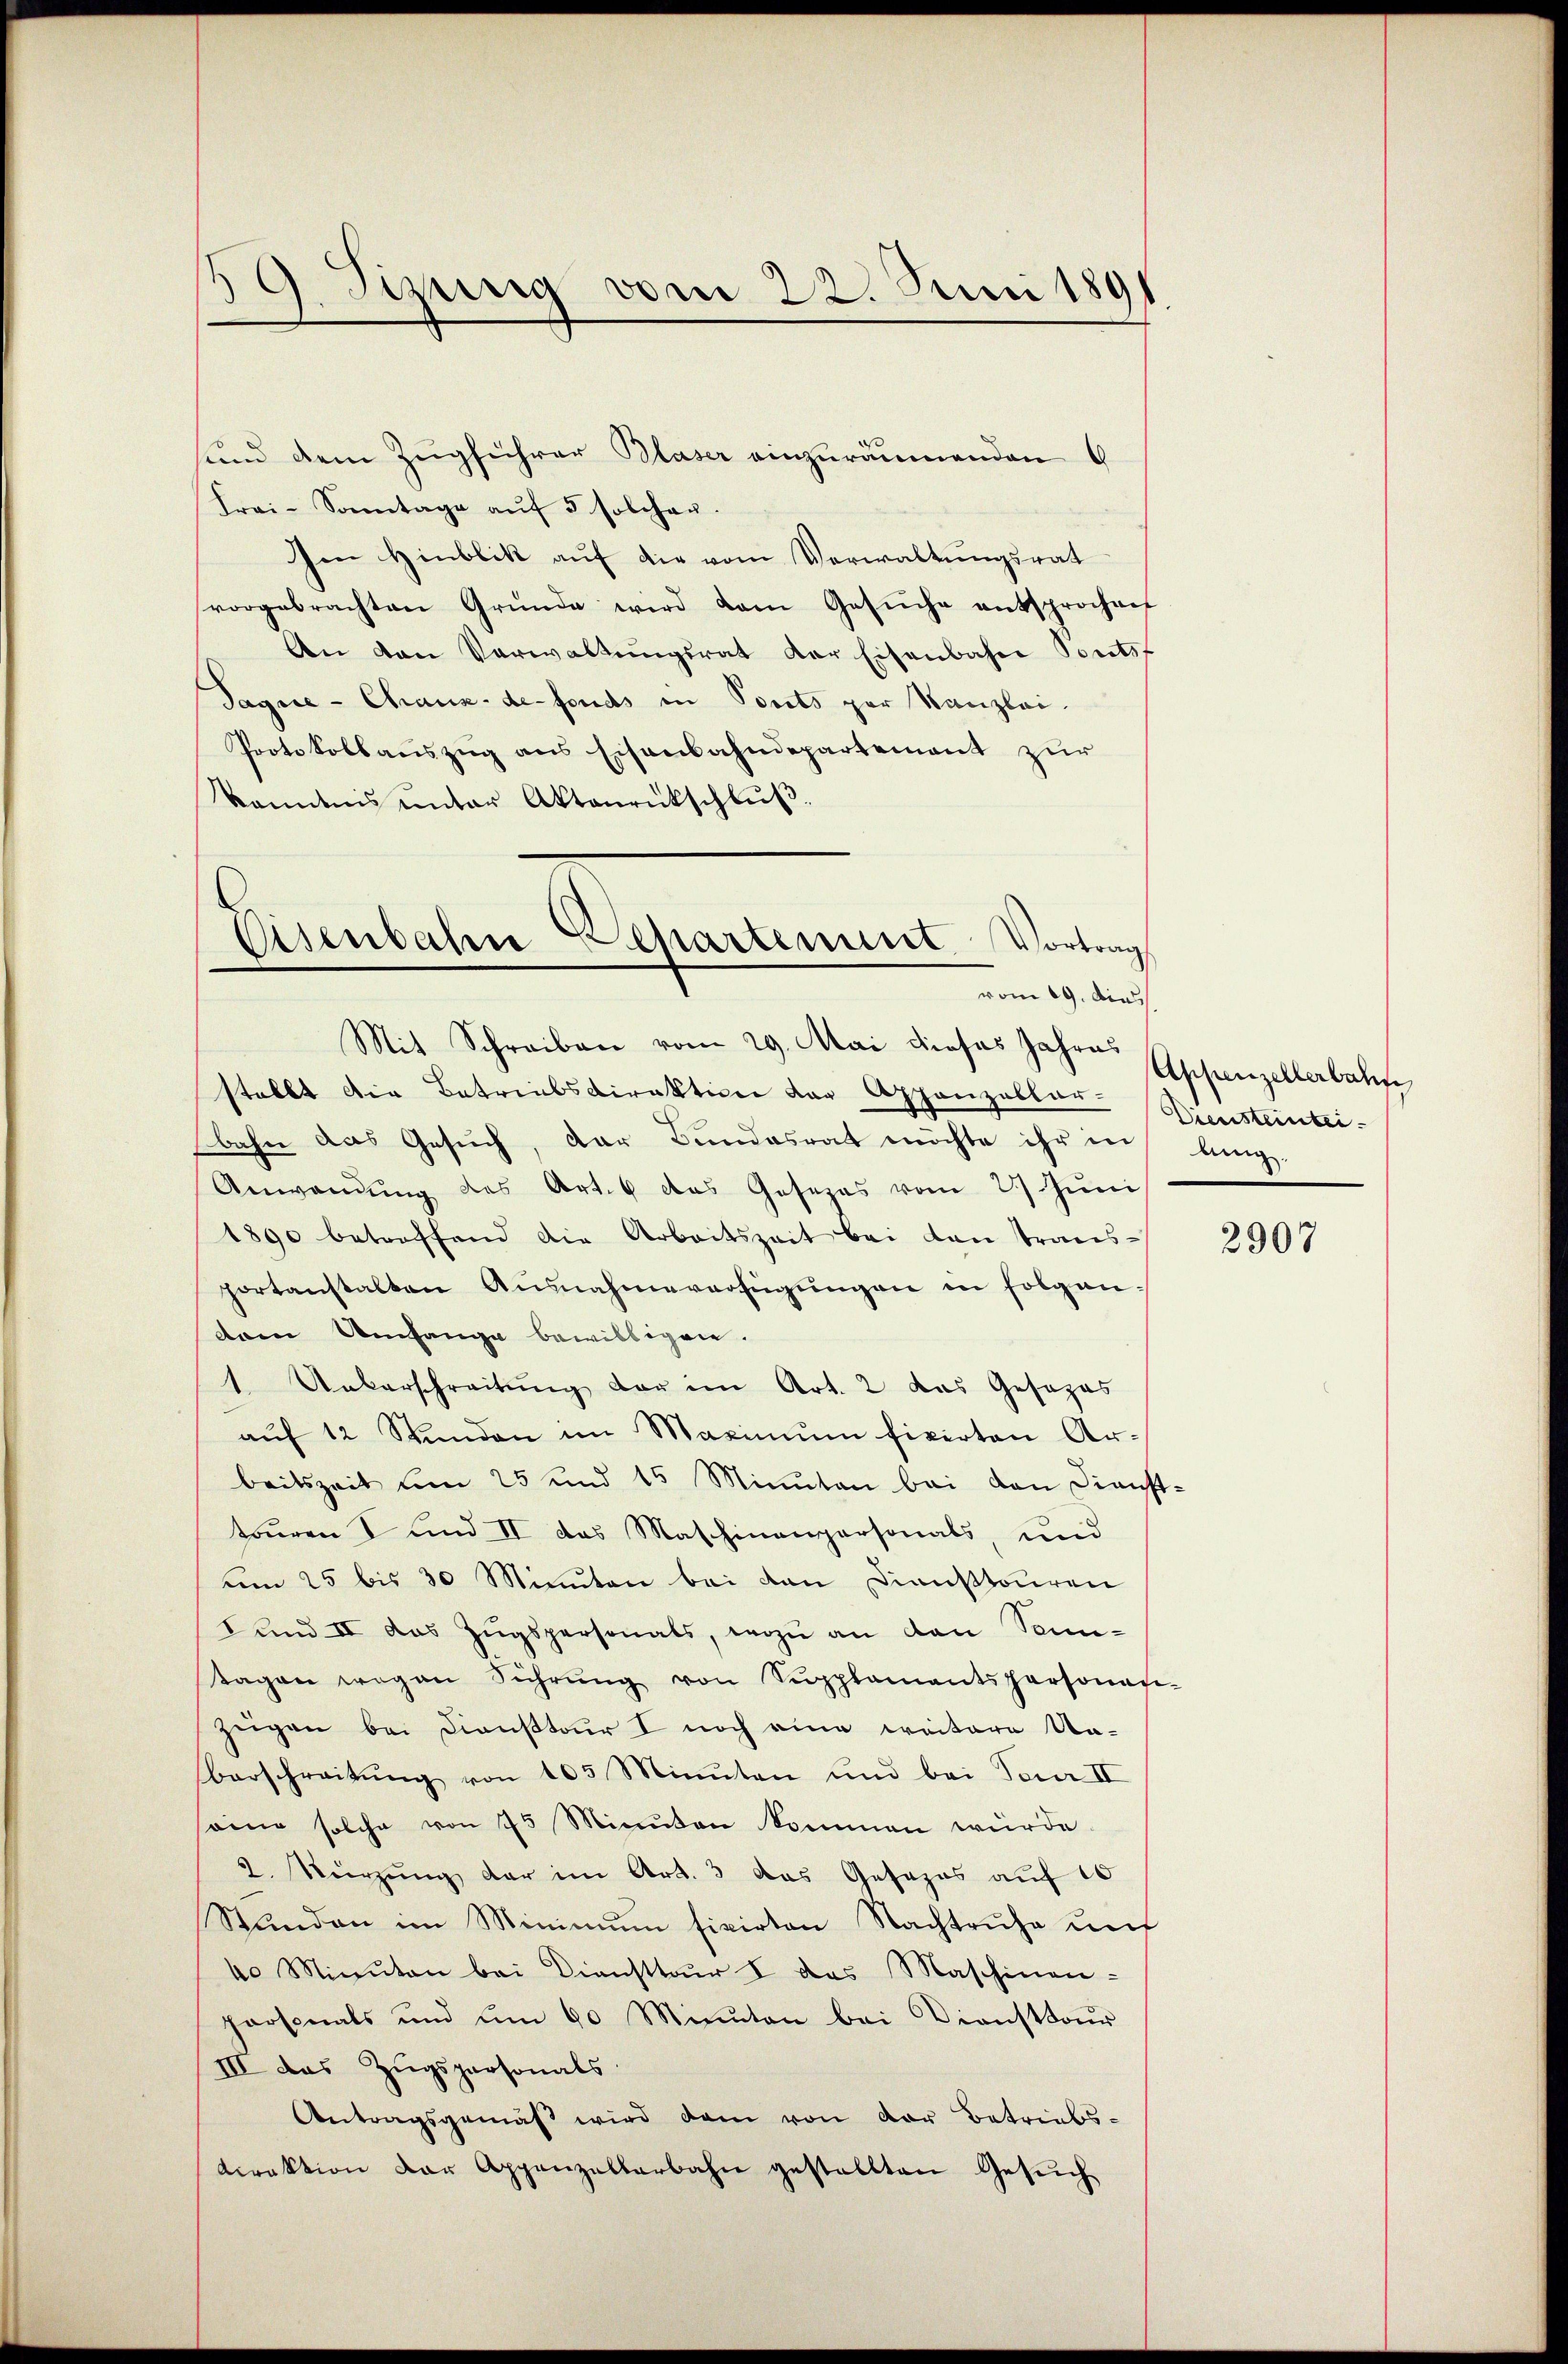
3 Sizung vom 22. Juni 1891

und dem Zugführer Blaser einzuräumenden G
Frai-Sonntage aŭf 5 solcher.
en Hinblik auf die vom Verwaltungsrat
vorgebrachten Gründe wird dem Gesŭche entsprochen
An den Verwaltŭngsrat der Eisenbahne Ponts
Sague- Chaux-de-Fonds in Ponts par Kanzlei.
Protokollauszug aus Eisenbahndepartement zur
kanntnis unter Aktenrückschlŭβ.
Eisenbahn Departement Vortrag

vom 19. die
Mit Schreiben vom 29. Mai dieses Jahres

stellt die Betriebsdirektion der Appenzellar. Diensteintei-
bahn das Gesuch, der Bundesrat möchte ihr in langs-
Anwandŭng des Art. 6 das Josezes vom 27. Jŭni
1890 betreffend die Arbeitszeit bei dan trans-
portanstalten Ausnahmeverfügŭngen in folgendem Umfange bewilligen.
1. Ueberschreitŭng der im Art. 2 das Gesezes
aŭf 12 Stunden im Maximum fixirten Ar-
beitszeit um 25 und 15 Minuten bei von Dienst-
touren I und II das Maschinenpersonals, und
um 25 bis 30 Minuten bei den Dienstouren
und II das Zugspersonals, wozu an den Sonn-
tagen wegen Führŭng von Supplementspersonan-
zügen bei Dienstour I noch eine weitere Un-
Verschreitung von 105 Minuten und bei Feur II
eien solche von 75 Minuten kommen würde.
2. Kürzung der im Art. 3 das Gesezes auf 10
Stunden im Minimum fixirten Nachtruhe und
40 Minuten bei Diensttar I des Maschinen-
personals und ŭm 60 Minuten bei Diensttour
III das Zugspersonals
Antragsgemäß wird dem von der Betriebs-
direktion der Appenzellarbahn gestellten Gesŭch

Appenzellerbahn

2907